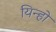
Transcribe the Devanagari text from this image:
यिन्हो